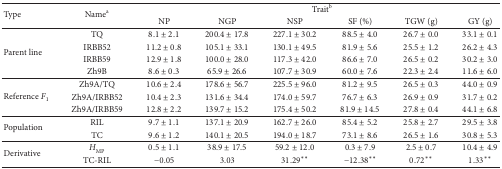
<table><thead><tr><td rowspan="2"><b>Type</b></td><td rowspan="2"><b>Name<sup>a</sup></b></td><td colspan="6"><b>Trait<sup>b</sup></b></td></tr><tr><td><b>NP</b></td><td><b>NGP</b></td><td><b>NSP</b></td><td><b>SF (%)</b></td><td><b>TGW (g)</b></td><td><b>GY (g)</b></td></tr></thead><tbody><tr><td rowspan="4">Parent line</td><td>TQ</td><td>8.1 ± 2.1</td><td>200.4 ± 17.8</td><td>227.1 ± 30.2</td><td>88.5 ± 4.0</td><td>26.7 ± 0.0</td><td>33.1 ± 0.1</td></tr><tr><td>IRBB52</td><td>11.2 ± 0.8</td><td>105.1 ± 33.1</td><td>130.1 ± 49.5</td><td>81.9 ± 5.6</td><td>25.5 ± 1.2</td><td>26.2 ± 4.3</td></tr><tr><td>IRBB59</td><td>12.9 ± 1.8</td><td>100.0 ± 28.0</td><td>117.3 ± 42.0</td><td>86.6 ± 7.0</td><td>26.5 ± 0.2</td><td>30.2 ± 3.0</td></tr><tr><td>Zh9B</td><td>8.6 ± 0.3</td><td>65.9 ± 26.6</td><td>107.7 ± 30.9</td><td>60.0 ± 7.6</td><td>22.3 ± 2.4</td><td>11.6 ± 6.0</td></tr><tr><td rowspan="3">Reference <i>F</i><sub>1</sub></td><td>Zh9A/TQ</td><td>10.6 ± 2.4</td><td>178.6 ± 56.7</td><td>225.5 ± 96.0</td><td>81.2 ± 9.5</td><td>26.5 ± 0.3</td><td>44.0 ± 0.9</td></tr><tr><td>Zh9A/IRBB52</td><td>10.4 ± 2.3</td><td>131.6 ± 34.4</td><td>174.0 ± 59.7</td><td>76.7 ± 6.3</td><td>26.9 ± 0.9</td><td>31.7 ± 0.2</td></tr><tr><td>Zh9A/IRBB59</td><td>12.8 ± 2.2</td><td>139.7 ± 15.2</td><td>175.4 ± 50.2</td><td>81.9 ± 14.5</td><td>27.8 ± 0.4</td><td>44.1 ± 6.8</td></tr><tr><td rowspan="2">Population</td><td>RIL</td><td>9.7 ± 1.1</td><td>137.1 ± 20.9</td><td>162.7 ± 26.0</td><td>85.4 ± 5.2</td><td>25.8 ± 2.7</td><td>29.5 ± 3.8</td></tr><tr><td>TC</td><td>9.6 ± 1.2</td><td>140.1 ± 20.5</td><td>194.0 ± 18.7</td><td>73.1 ± 8.6</td><td>26.5 ± 1.6</td><td>30.8 ± 5.3</td></tr><tr><td rowspan="2">Derivative</td><td>H<sub>MP</sub></td><td>0.5 ± 1.1</td><td>38.9 ± 17.5</td><td>59.2 ± 12.0</td><td>0.3 ± 7.9</td><td>2.5 ± 0.7</td><td>10.4 ± 4.9</td></tr><tr><td>TC-RIL</td><td>−0.05</td><td>3.03</td><td>31.29<sup><i>∗∗</i></sup></td><td>−12.38<sup><i>∗∗</i></sup></td><td>0.72<sup><i>∗∗</i></sup></td><td>1.33<sup><i>∗∗</i></sup></td></tr></tbody></table>